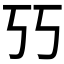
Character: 𰀇